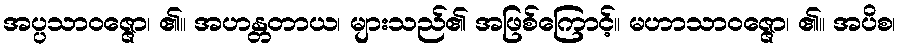
အပ္ပသာဝဇ္ဇော၊ ၏။ အဟန္တတာယ၊ များသည်၏ အဖြစ်ကြောင့်။ မဟာသာဝဇ္ဇော၊ ၏။ အပိစ၊